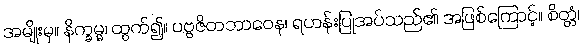
အမျိုးမှ။ နိက္ခမ္မ၊ ထွက်၍။ ပဗ္ဗဇိတဘာဝေန၊ ရဟန်းပြုအပ်သည်၏ အဖြစ်ကြောင့်။ စိတ္တံ၊